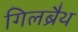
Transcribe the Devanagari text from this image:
गिलब्रैथ